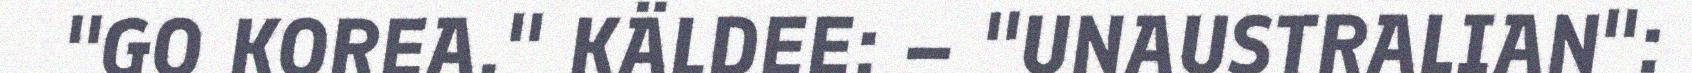
"GO KOREA." KÄLDEE: – "UNAUSTRALIAN":